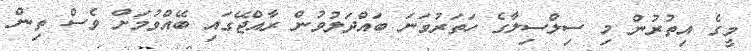
މީގެ އިތުރުން މި ސިލްސިލާގެ ހަތަރުވަނަ ބައްދަލުވުން ރާއްޖޭގައި ބޭއްވުމަށް ވެސް ތިން